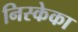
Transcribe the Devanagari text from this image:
निस्केका